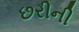
છરીની